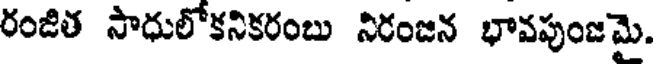
రంజిత సాధులోకనికరంబు నిరంజన భావపుంజమై.